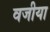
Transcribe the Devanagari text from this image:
वजीया